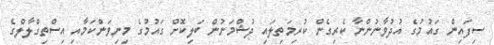
ސިފައިން ގައުމުގެ އުދުވާނުންނާ ކެރިގެން ކުރިމަތިލައި ދުޝްމަނުން ބަލިކޮށް ގައުމުގެ މިނިވަންކަމާއި އިސްތިގްލާލްގެ